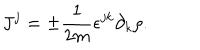
LaTeX: J ^ { j } = \pm \frac { 1 } { 2 m } \epsilon ^ { j k } \partial _ { k } \rho .